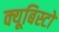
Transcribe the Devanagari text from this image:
क्यूबिस्टों